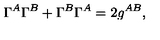
\Gamma ^ { A } \Gamma ^ { B } + \Gamma ^ { B } \Gamma ^ { A } = 2 g ^ { A B } ,